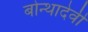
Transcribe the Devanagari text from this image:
बोन्थादेवी